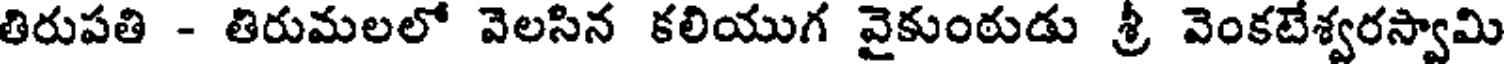
తిరుపతి - తిరుమలలో వెలసిన కలియుగ వైకుంఠుడు శ్రీ వెంకటేశ్వరస్వామి